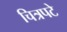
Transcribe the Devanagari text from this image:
चित्रपटे